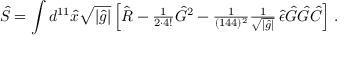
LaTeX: \hat { S } = \int d ^ { 1 1 } \hat { x } \sqrt { | \hat { g } | } \left[ \hat { R } - { \textstyle \frac { 1 } { 2 \cdot 4 ! } } \hat { G } { } ^ { 2 } - { \textstyle \frac { 1 } { ( 1 4 4 ) ^ { 2 } } } { \textstyle \frac { 1 } { \sqrt { | \hat { g } | } } } \, \hat { \epsilon } \hat { G } \hat { G } \hat { C } \right] \, .